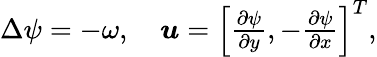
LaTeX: \Delta\psi=-\omega,\quad\boldsymbol{u}=\left[\begin{array}{l}{\frac{\partial\psi}{\partial y},-\frac{\partial\psi}{\partial x}}\end{array}\right]^{T},